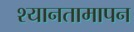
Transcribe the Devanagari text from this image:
श्यानतामापन